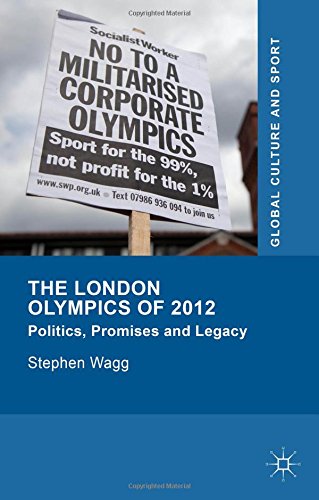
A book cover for The London Olympics of 2012: Politics, Promises and Legacy (Global Culture and Sport Series); Stephen Wagg; Sports & Outdoors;